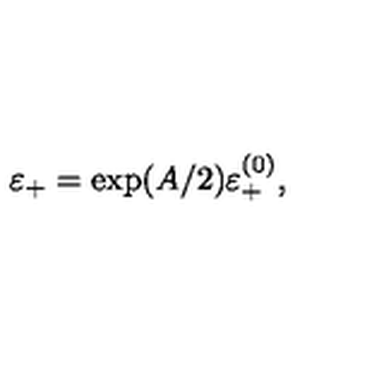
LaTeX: \varepsilon _ { + } = \exp ( A / 2 ) \varepsilon _ { + } ^ { ( 0 ) } ,